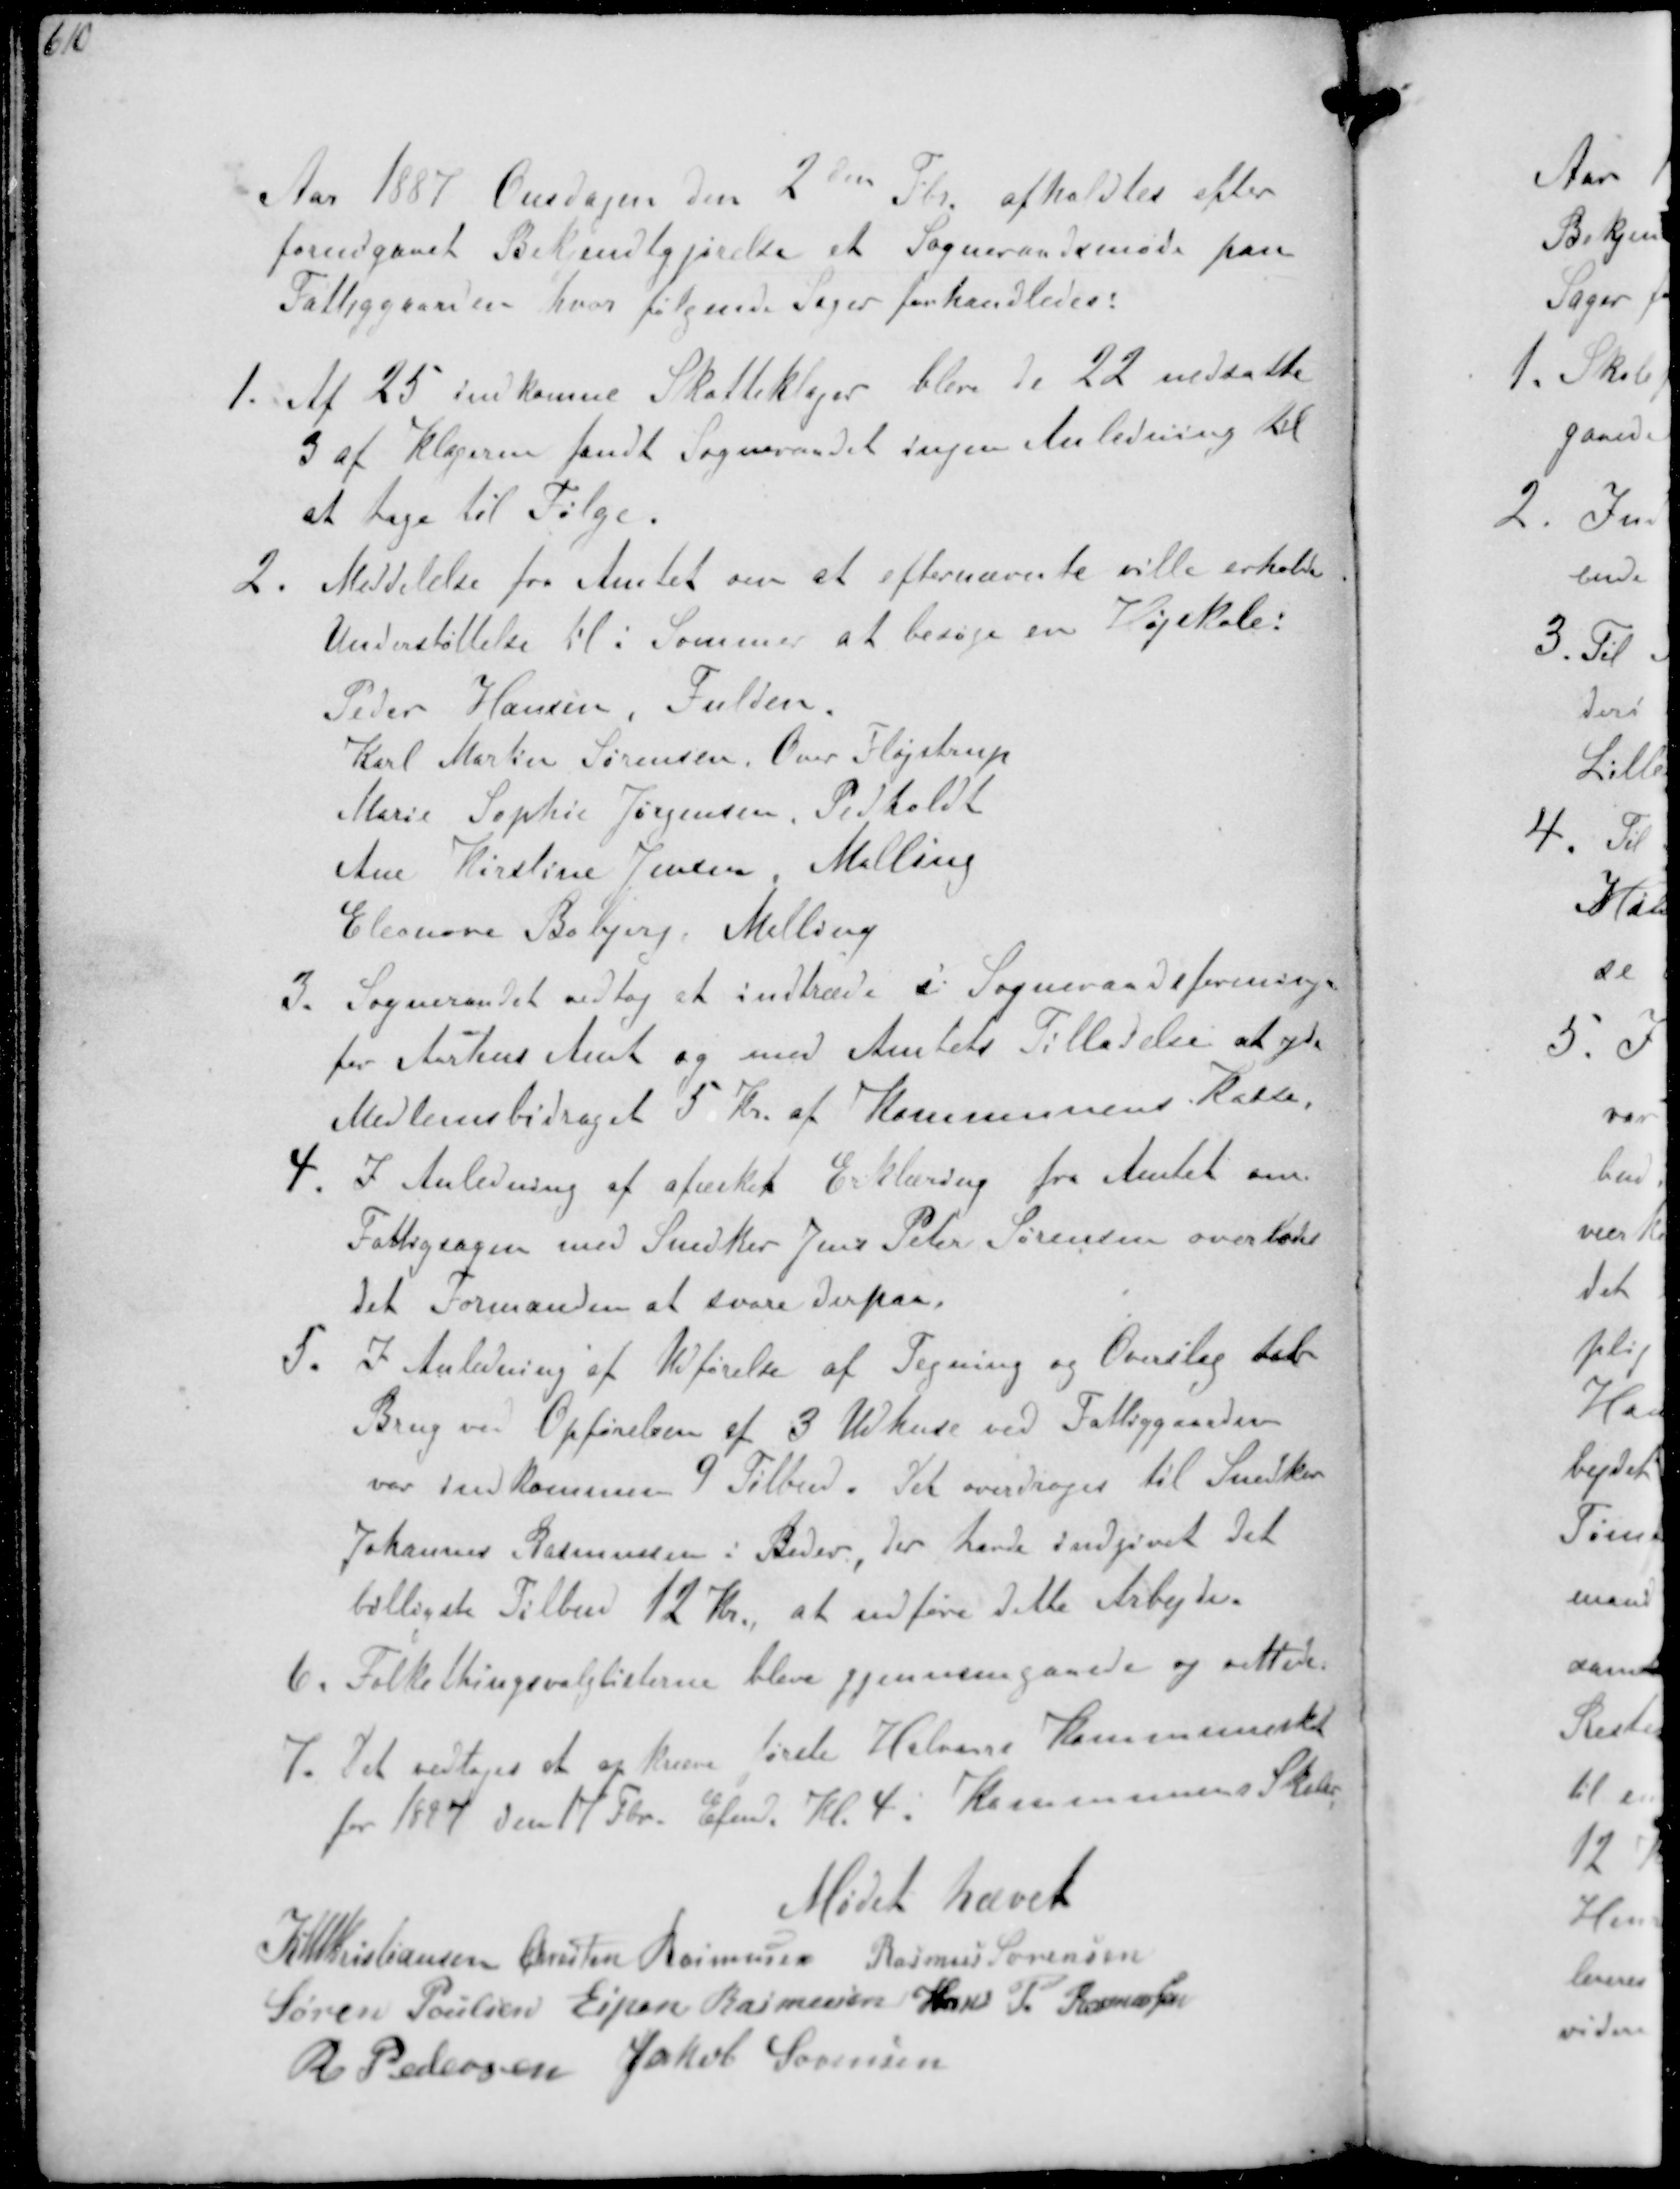
Transskription:
Aar 1887 Onsdagen den 2den Febr afholdtes efter
forudgaaet Bekjendtgjørelse et Sogneraadsmøde paa
Fattiggaarden hvor følgende Sager forhandledes:
1. Af 25 indkomne Skatteklager blev de 22 nedsatte
3 at klagerne fandt Sogneraadet ingen Anledning til
at tage til Følge.
2. Meddelelse fra Amtet om at efternævnte ville erholde
Understøttelse til i Sommer at besøge en højskole.
Peder Hansen Fulden
Karl Martin Sørensen Over Fløjstrup
Marie Sophie Jørgensen Pedholdt
Ane Kirstine Jensen, Mallsen
Eleonore Boberg, Malling
3. Sogneraadet vedtog at indtræde i Sogneraadsforeningen
for Aarhus Amt og med Amtets Tilladelse at yde
Medlemsbidraget 5 Kr. af Kommunens Kasse
4. I Anledning af afæsket Erklæring fra Amtet om
Fattigsagen med Snedker Jens Peter Sørensen overlodes
det Formanden at svare derpaa.
5. I Anledning af Udførelse af Tegning og Overslag til
Brug ved Opførelsen af 3 Udhuse ved Fattiggaarden
var indkommen 4 Tilbud. Det overdroges til Snedker
Johannes Rasmussen i Beder der havde indgivet det
billigste Tilbud 12 Kr. at udføre dette Arbejde
6. Folkethingsvalglisterne blev gjennemgaaede og rettede
7. Det vedtoges at opkræve første Halvaars Kommuneskat
for 1887 den 17 Fbr. Efmd Kl 4 i Kommunens Skoler
Mødet hævet
K N M Kristiansen Christen Rasmussen Rasmus Sørensen
Søren Poulsen Espen Rasmussen Hans P Rasmussen
R Pedersen Jakob Sørensen